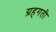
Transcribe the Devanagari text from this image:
ग्रहगती